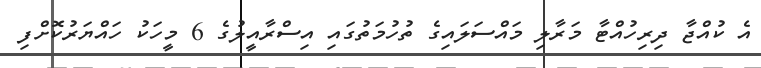
އެ ކުއްޖާ ދިރިހުއްޓާ މަރާލި މައްސަލައިގެ ތުހުމަތުގައި އިސްރާއީލުގެ 6 މީހަކު ހައްޔަރުކޮށްފި